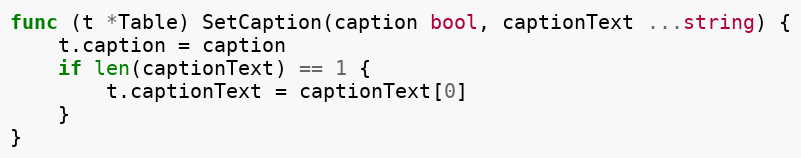
Language: Go
func (t *Table) SetCaption(caption bool, captionText ...string) {
	t.caption = caption
	if len(captionText) == 1 {
		t.captionText = captionText[0]
	}
}